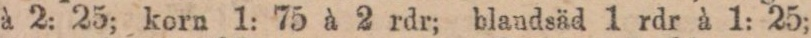
à 2: 25; korn 1: 75 à 2 rdr; blandsäd 1 rdr à 1: 25;